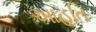
આહૂતિ